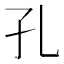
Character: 孔